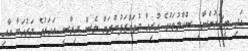
އަދި ޓީޗަރުންނާއި ސްކޫލުތަކުގެ ހުރިހާ މުވައްޒަފުންނަށް ވެސް ދިރާސީ އަހަރުގެ މަރުހަބާ އާއި